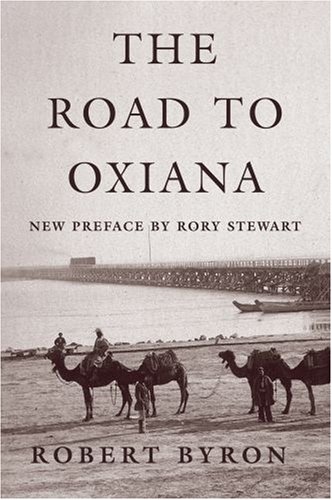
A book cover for The Road to Oxiana; Robert Byron; Travel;